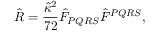
{ \hat { R } = \frac { \hat { \kappa } ^ { 2 } } { 7 2 } \hat { F } _ { P Q R S } \hat { F } ^ { P Q R S } , }